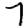
Digit: 7